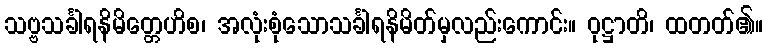
သဗ္ဗသင်္ခါရနိမိတ္တေဟိစ၊ အလုံးစုံသောသင်္ခါရနိမိတ်မှလည်းကောင်း။ ဝုဋ္ဌာတိ၊ ထတတ်၏။